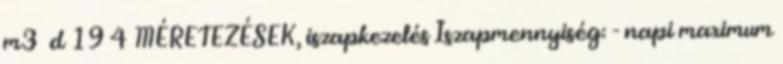
m3 d 19 4 MÉRETEZÉSEK, iszapkezelés Iszapmennyiség: - napi maximum